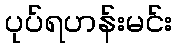
ပုပ်ရဟန်းမင်း